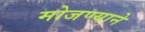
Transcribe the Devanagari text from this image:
मोजण्याने